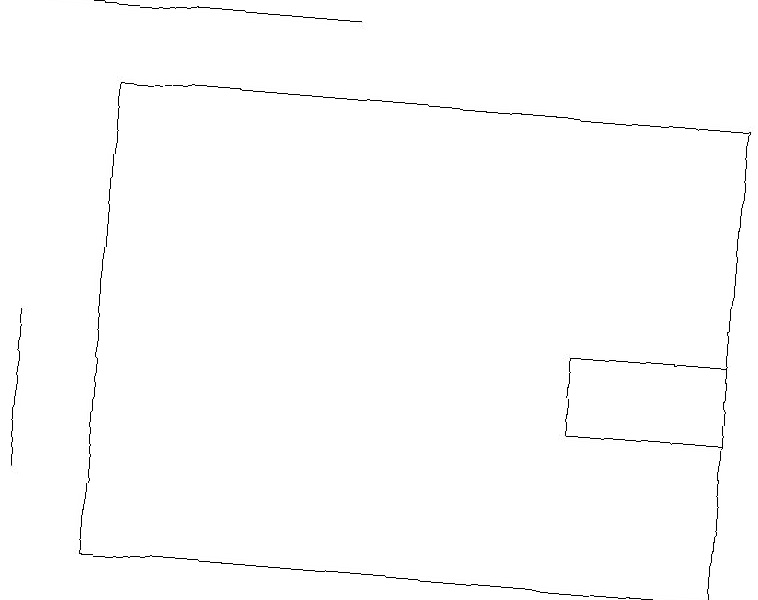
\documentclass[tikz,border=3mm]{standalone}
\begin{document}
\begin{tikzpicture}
\draw (0,11) rectangle (0,13);
\draw (7,12) rectangle (9,13);
\draw (1,16) rectangle (9,10);
\draw (0,17) rectangle (4,17);
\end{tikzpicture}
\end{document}